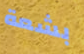
بشعة